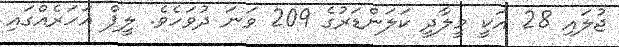
ޖުލައި 28 އަކީ މީލާދީ ކަލަންޑަރުގެ 209 ވަނަ ދުވަހެވެ. ލީޕް އަހަރެއްގައި